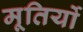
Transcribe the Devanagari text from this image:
मूतिर्यो